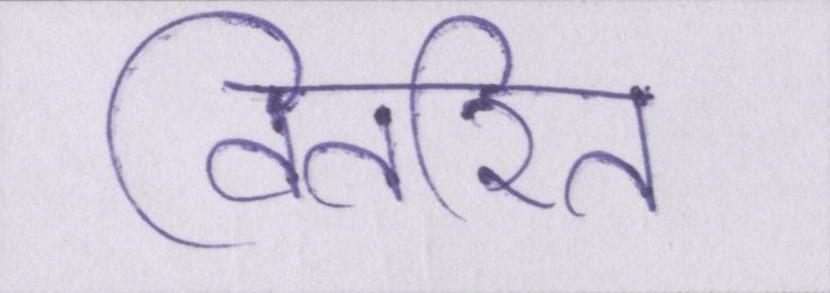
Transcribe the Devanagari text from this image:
वितरित